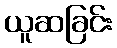
ယူဆခြင်း